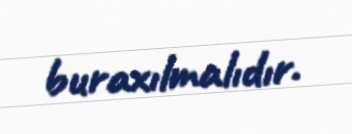
buraxılmalıdır.